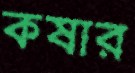
কষার